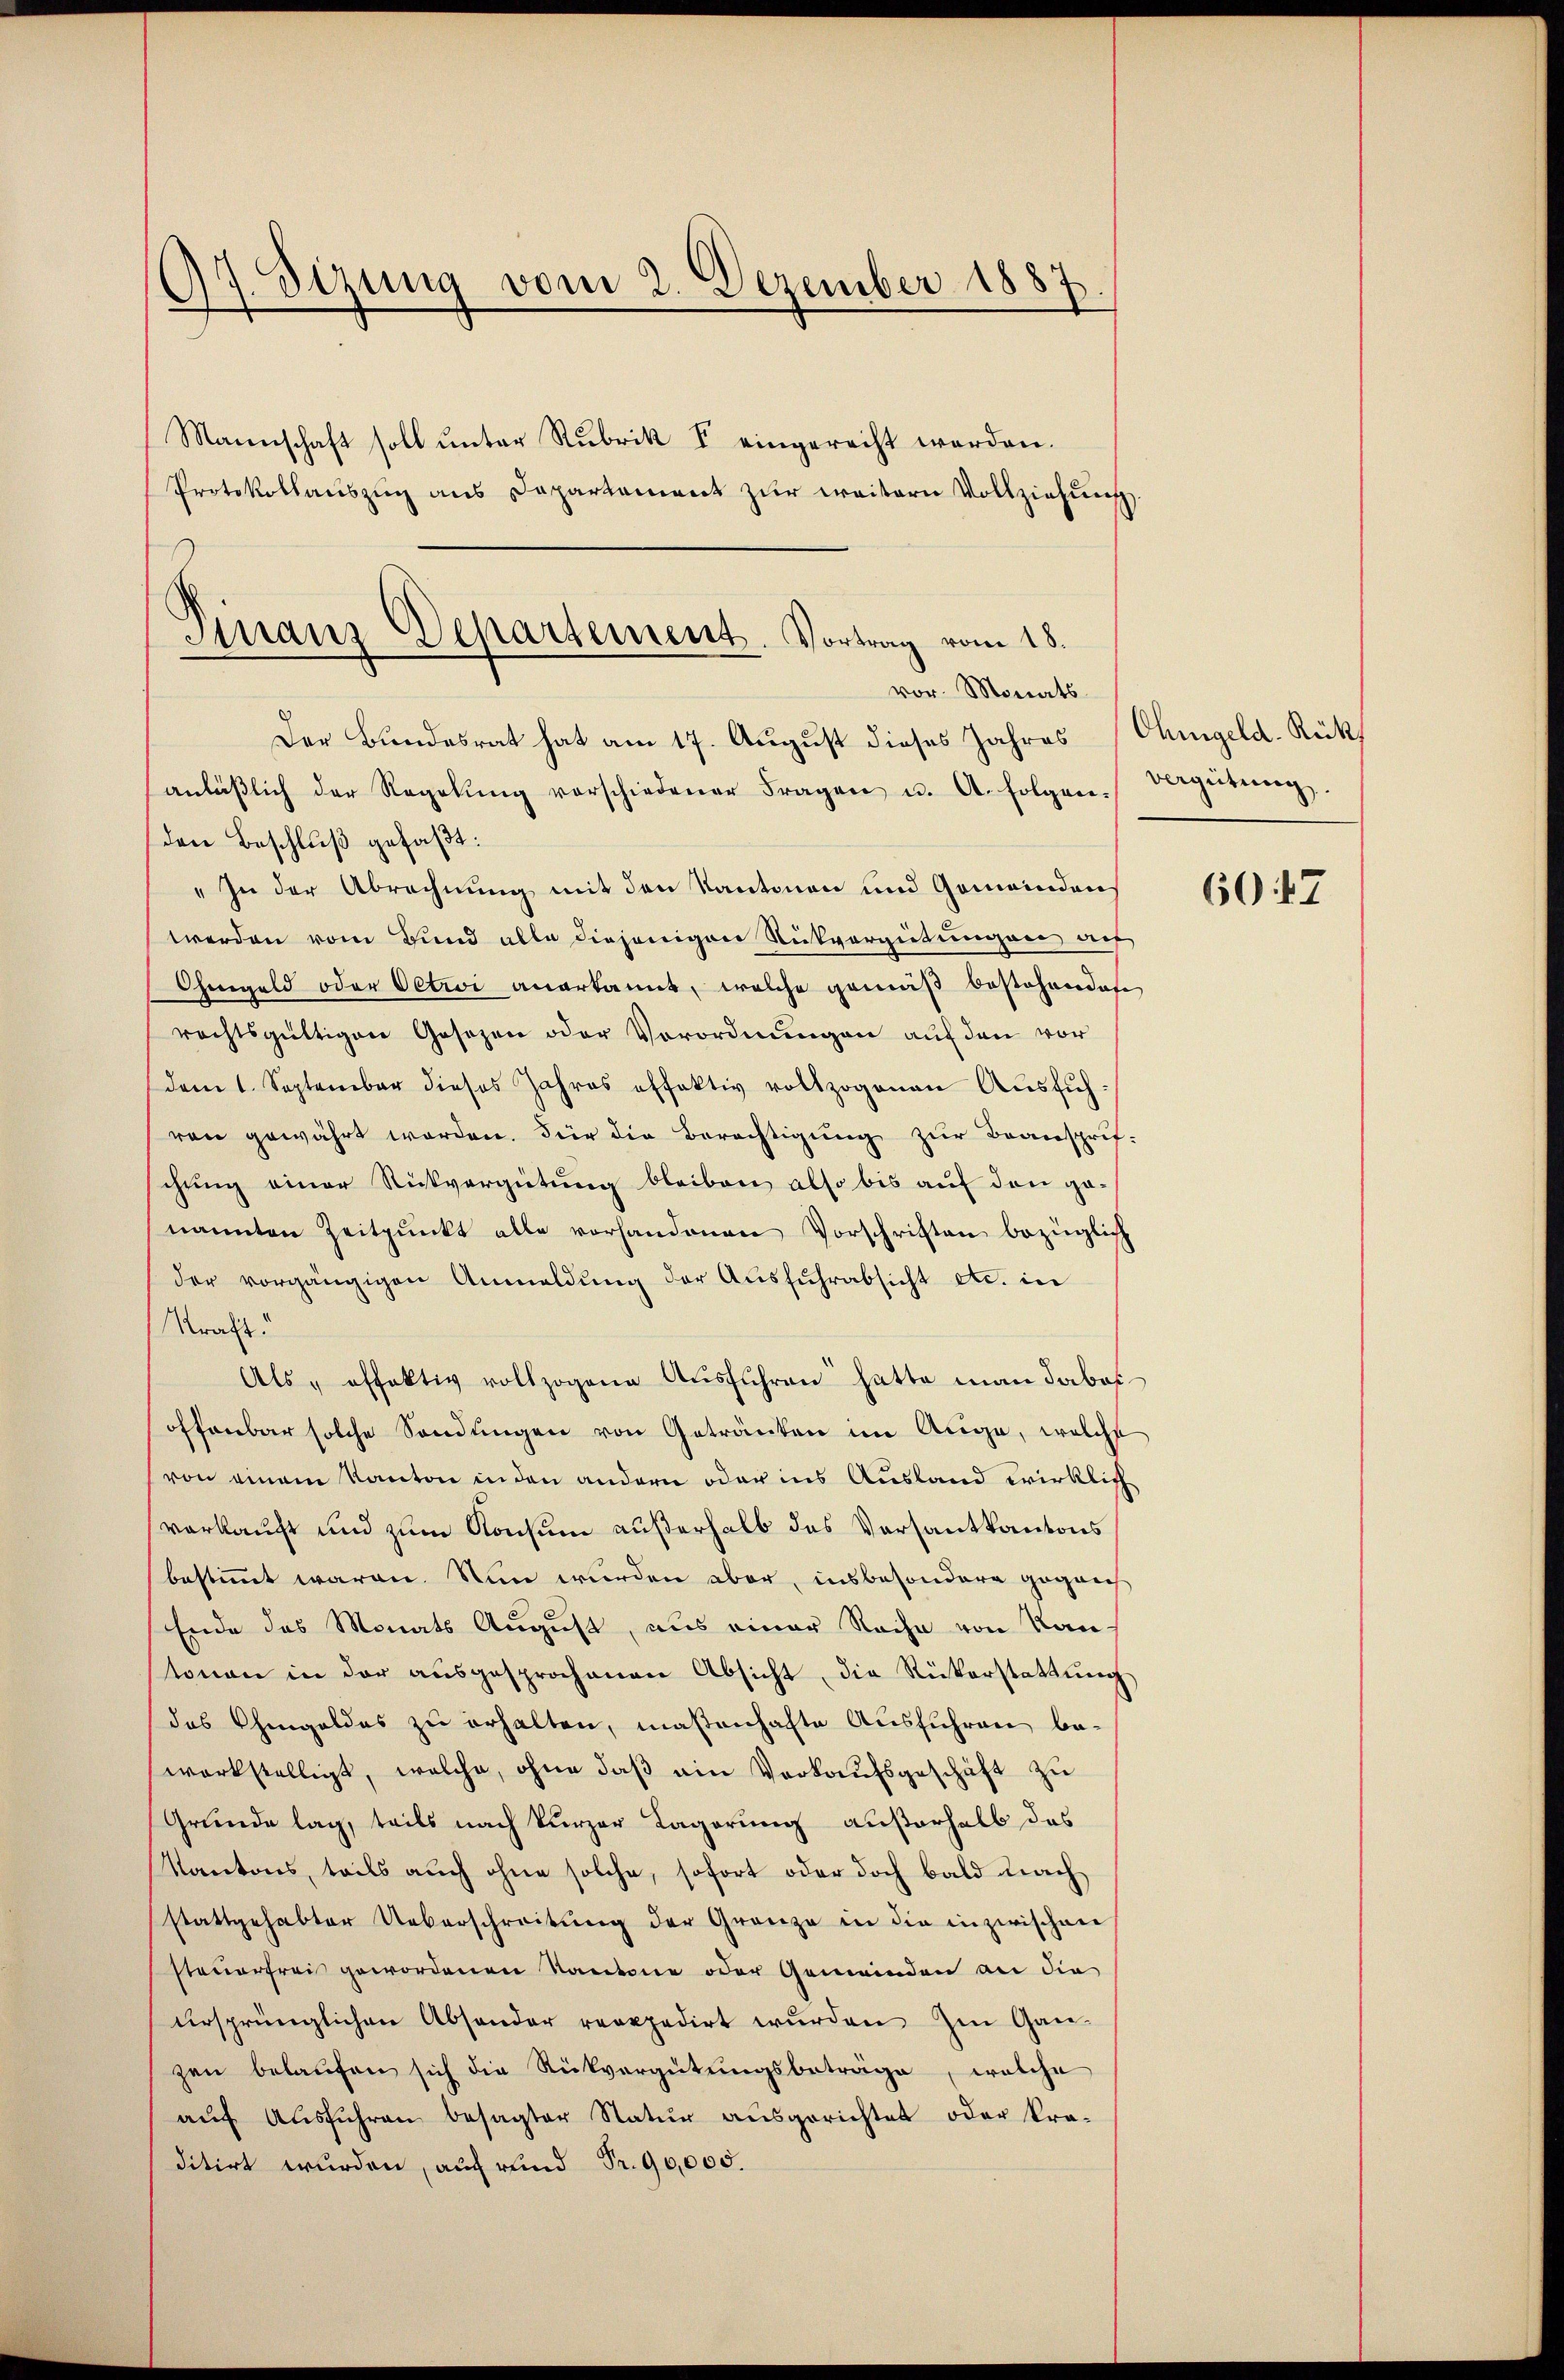
97. Sizung vom 2. Dezember 1887
Mannschaft soll ŭnter Rubrik V eingerecht werden.
Protokollauszug aus Dapartement zur weitern Vollziehung

Finanz Departement. Vortrag vom 18.
vor. Monats¬

Der Bundesrat hat am 17. August dieses Jahres
anläβlich der Regelŭng vorschiedener Fragen u. A. folgen Vergütŭng.
den Beschluß gefaßt:
" In der Abrechnung mit den Kantonen und Gemeindens
werden vom Bund alle diejenigen Rückvergütungen auf
Ohmgeld oder Oetwoi anerkannt, welche gemäß bestehendete
rechtsgültigen Gesezen oder Vorordnungen auf den vor
dem 1. September dieses Jahres effektiv vollzogenen Aŭsführen gewährt worden. Für die Berechtigung zur Beansprif-
chung einer Rückvergütung bleiben also bis auf den genannten Zeitpunkt alle vorhandenen Vorschriften bezüglich
der vorgängigen Anmeldung der Ausfuhrabsicht etc. in
Straft.
Als " offektiv vollzogene Aŭsführen hatte man dabei
offenbar solche Sendungen von Getränken im Auge, welche
von einem Kanton in den andern oder ins Ausland wirklich
verkauft und zum Konsum außerhalb das Versantkantons
bestimmt waren. Nun wurden aber, insbesondere gegrech
Ende des Monats August, aus einer Rache von Kan-
tonen in der aŭsgesprochenen Absicht die Rükerstattŭng
das Chingeldes zŭ erhalten, maßenhafte Ausführen be-
werkstelligt, welche, ohne daß ein Verkaufsgeschäft zu
Grunde lag, teils nach kurzer Lagerung außerhalb das
Kantons, teils auch ohne solche, sofort oder doch bald nach
stattgehabter Ueberschreitung der Grenze in die inzwischen
steuerfrei gewordenen Kantone oder Gemeinden an die
ursprünglichen Absonder reoppedirt wurden Im Gan-
zen belaufen sich die Rückvergütungsbeträge, welche
aŭf Aŭsführen besagter Natŭr aŭsgerichtet oder kra-
ditirt wurden, auf rund Fr. 90,000.

Ohmgeld-Rück

607